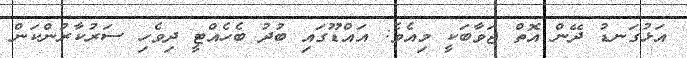
އަޅުގަނޑު ދޭން އޮތް ޖަވާބަކީ މިއެވެ: އައްޑޫގައި ބުދު ބެހެއްޓީ ދިވެހި ސަރުކާރުންކަން